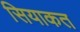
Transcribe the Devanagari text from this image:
सियाकत